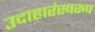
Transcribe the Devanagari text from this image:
उदाहारंस्वरूप